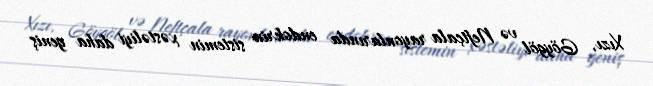
Xızı, Göygöl və Neftçala rayonlarında endokrin sistemin xəstəliyi daha geniş